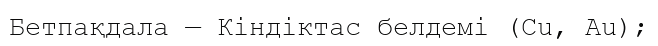
Бетпақдала — Кіндіктас белдемі (Сu, Аu);